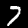
Label: 7